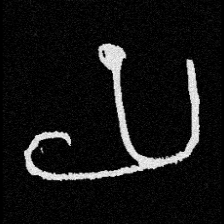
Pyu character \u2014 Myanmar letter: ယ (romanized: ya)